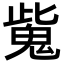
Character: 𩲨